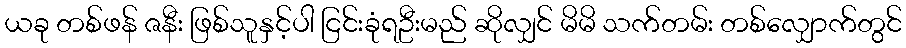
ယခု တစ်ဖန် ဇနီး ဖြစ်သူနှင့်ပါ ငြင်းခုံရဦးမည် ဆိုလျှင် မိမိ သက်တမ်း တစ်လျှောက်တွင်